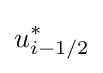
u_{i-1/2}^{*}